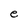
Character: e